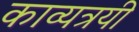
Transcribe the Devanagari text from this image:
काव्यत्रयी